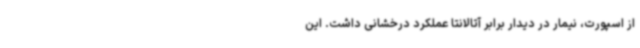
از اسپورت، نیمار در دیدار برابر آتالانتا عملکرد درخشانی داشت. این